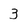
Character: 3